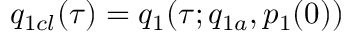
q _ { 1 c l } ( \tau ) = q _ { 1 } ( \tau ; q _ { 1 a } , p _ { 1 } ( 0 ) )